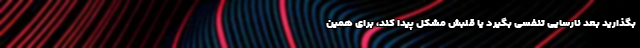
بگذارید بعد نارسایی تنفسی بگیرد یا قلبش مشکل پیدا کند، برای همین